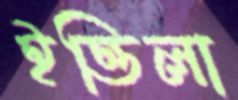
ইত্তিলা